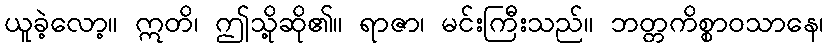
ယူခဲ့လော့။ ဣတိ၊ ဤသို့ဆို၏။ ရာဇာ၊ မင်းကြီးသည်။ ဘတ္တကိစ္စာဝသာနေ၊